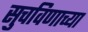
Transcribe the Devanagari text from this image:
सुचविणाच्या